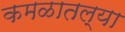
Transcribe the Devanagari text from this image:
कमळातल्या